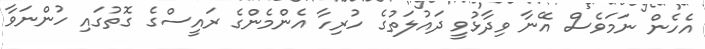
އެހެން ނަމަވެސް އޭނާ ވިދާޅުވީ ދައުލަތުގެ ހުރިހާ އެންމެންގެ ރައީސްގެ ގޮތުގައި ހުންނަވާ